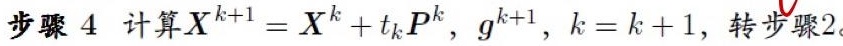
步骤 4 计算$X^{k+1}=X^{k}+t_{k}P^{k},g^{k+1},k=k + 1$, 转步骤 2。